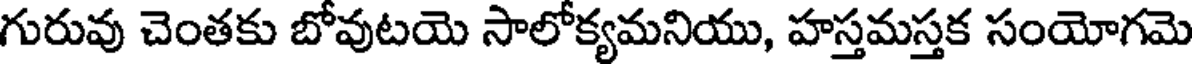
గురువు చెంతకు బోవుటయె సాలోక్యమనియు, హస్తమస్తక సంయోగమె